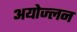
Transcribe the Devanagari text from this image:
अयोज्लन